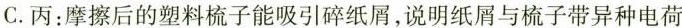
C.丙：摩擦后的塑料梳子能吸引碎纸屑，说明纸屑与梳子带异种电荷